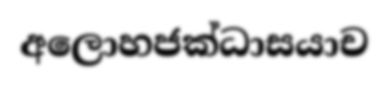
අලොහජක්ධාසයාච